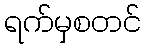
ရက်မှစတင်